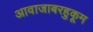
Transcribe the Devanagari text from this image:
आवाजाबरहुकूम